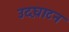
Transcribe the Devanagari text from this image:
उद़घाटन